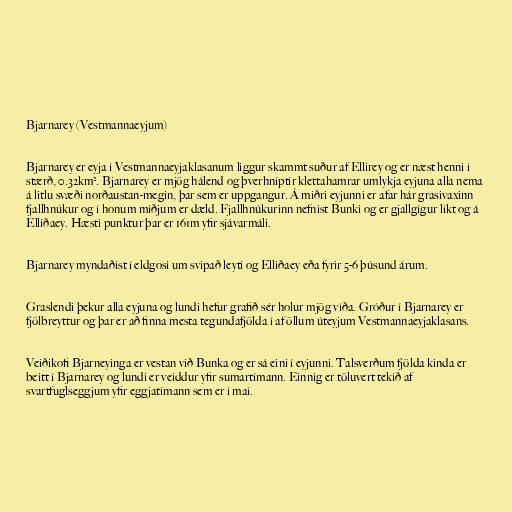
Bjarnarey (Vestmannaeyjum)

Bjarnarey er eyja í Vestmannaeyjaklasanum liggur skammt suður af Ellirey og er næst henni í
stærð, 0.32km². Bjarnarey er mjög hálend og þverhníptir klettahamrar umlykja eyjuna alla nema
á litlu svæði norðaustan-megin, þar sem er uppgangur. Á miðri eyjunni er afar hár grasivaxinn
fjallhnúkur og í honum miðjum er dæld. Fjallhnúkurinn nefnist Bunki og er gjallgígur líkt og á
Elliðaey. Hæsti punktur þar er 161m yfir sjávarmáli.

Bjarnarey myndaðist í eldgosi um svipað leyti og Elliðaey eða fyrir 5-6 þúsund árum.

Graslendi þekur alla eyjuna og lundi hefur grafið sér holur mjög víða. Gróður í Bjarnarey er
fjölbreyttur og þar er að finna mesta tegundafjölda í af öllum úteyjum Vestmannaeyjaklasans.

Veiðikofi Bjarneyinga er vestan við Bunka og er sá eini í eyjunni. Talsverðum fjölda kinda er
beitt í Bjarnarey og lundi er veiddur yfir sumartímann. Einnig er töluvert tekið af
svartfuglseggjum yfir eggjatímann sem er í maí.